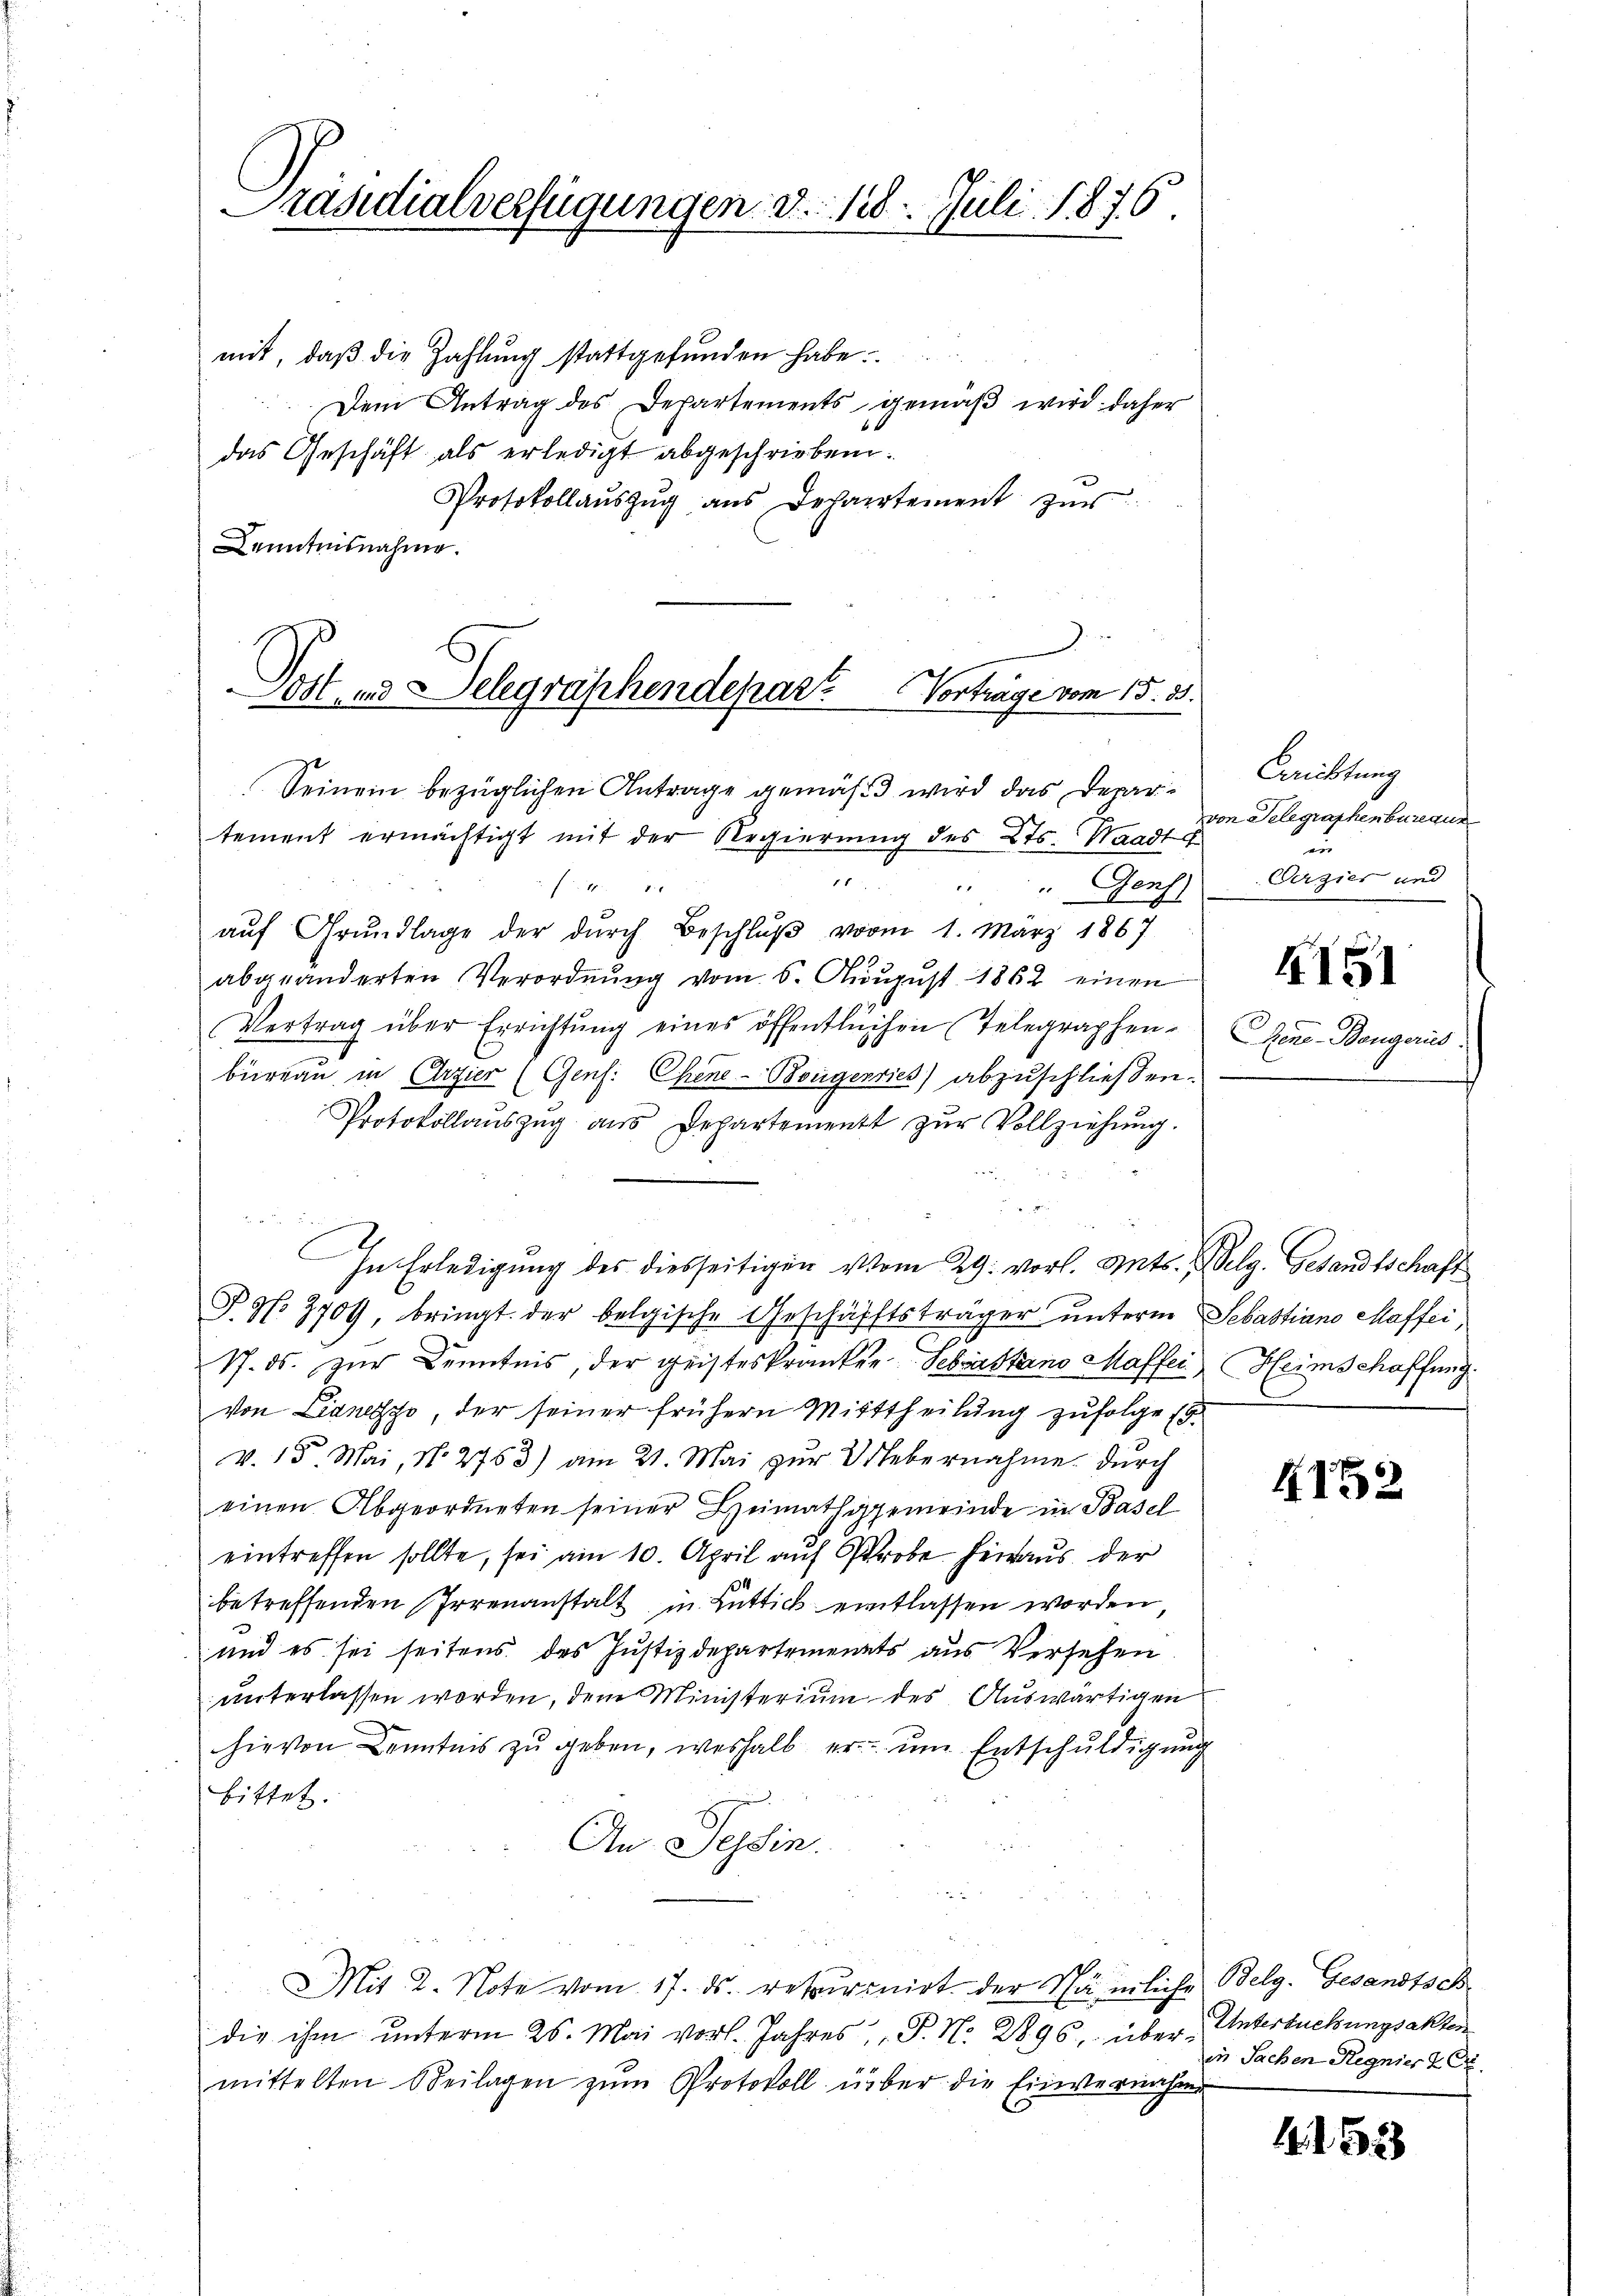
Präsidialverfügungen d. 128. Juli 1876

mit, daß die Zahlung stattgefunden habe.
Dem Antrag des Departements gemäβ wird daher
das Geschäft als erledigt abgeschrieben.
Protokollaŭszŭg ans Departement zŭr
Kenntnisnahme.

Post- und Telegraphendepar Vortrage vom 15. 35.
Seinem bezüglichen Antrage gemäß wird das Depar¬

E

tement ermächtigt mit der Regierung des Kts. Waadt e
Genf
 F. v.
aŭf Grŭndlage der dŭrch Beschlŭβ vom 1. März 1867
abgeänderten Verordnŭng vom 6. Aŭgŭst 1862 einen
Vertrag über Errichtung eines öffentlichen Telegraphen-
büreau in Erzier (Gens: Chene-Borgenries) abzuschließen.
Protokollaŭszŭg aŭs Departement zŭr Vollziehŭng.
2
In Erledigung des diesseitigen vom 29. vorl. Mts. Zelg. Gesandtschaft
Fg. 3709, bringt der belgische Geschäfftsträger unterm Sebastiano Maffei,
17. ds. zŭr Kenntnis, der geisteskranken Sebastano Maffer Heimschaffung.
von Lianezzo, der seiner frühern Mittheilung zufolge (d.
v. 15. Mai, No 2763) am 21. Mai zŭr Uebernahme durch
einen Abgeordneten seiner Heimathsgemeinde in Basel
eintreffen sollte, sei am 10. April auf Pr heraus der
betreffenden Irrenanstalt in Lüttick eintlassen worden
und es sei seitens des Justizdepartements aus Versehen
unterlassen worden, dem Ministerium des Auswärtigen
hievon Kenntnis zu geben, weshalb er um Entschuldigung
bittet.
An Tessin.

Mit 2. Note vom 17. ds. resperinirt der Nämliche Belg. Gesandtsch
die ihm unterm 26. Mai vorl. Jahres, P. N. 2896, übermittelten Beilagen zum Protokoll über die Einvernahme

Gerichtung
von Telegraphenbureaus
i
Verzier und

4151

CGene-Bongeris

1152

Untersuchungsakten
in Sachen Regnier & Er

1. 2. 523